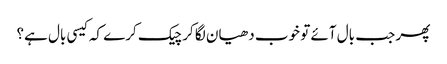
پھر جب بال آئے تو خوب دھیان لگا کر چیک کرے کہ کیسی بال ہے؟